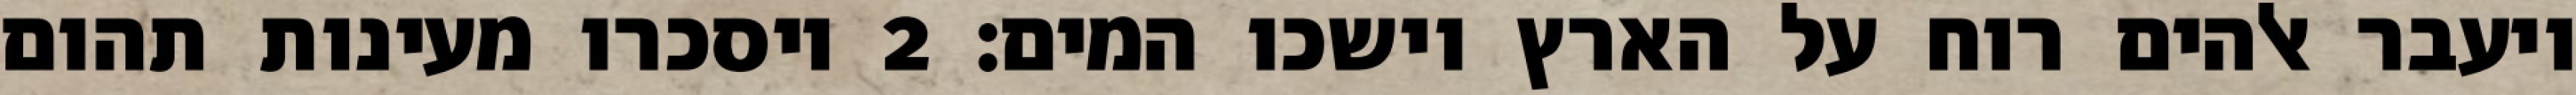
ויעבר אלהים רוח על הארץ וישכו המים׃ ‎2‏ ויסכרו מעינות תהום